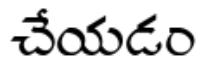
చేయడం